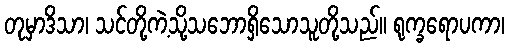
တုမှာဒိသာ၊ သင်တို့ကဲ့သို့သဘောရှိသောသူတို့သည်။ ရုက္ခရောပကာ၊